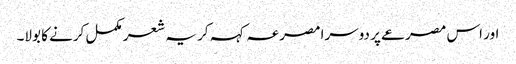
اور اس مصرعے پر دوسرا مصرعہ کہہ کر یہ شعر مکمل کرنے کا بولا۔